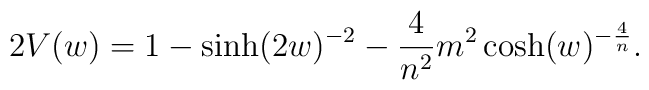
2V(w)=1-\sinh (2w)^{-2} - \frac{4}{n^{2}}m^{2}\cosh (w)^{-\frac{4}{n}}.